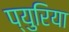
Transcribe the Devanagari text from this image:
प्युरिया